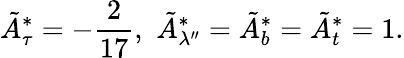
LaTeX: \tilde{A}_{\tau}^{*}=-{\frac{2}{17}},\, \, \tilde{A}_{\lambda^{\prime\prime}}^{*}=\tilde{A}_{b}^{*}=\tilde{A}_{t}^{*}=1.